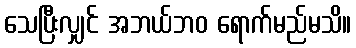
သေပြီးလျှင် အဘယ်ဘဝ ရောက်မည်မသိ။